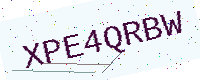
Text: XPE4QRBW